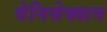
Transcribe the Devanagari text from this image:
वेनिसेक्शन